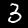
Digit: 3